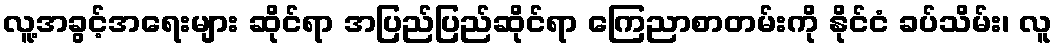
လူ့အခွင့်အရေးများ ဆိုင်ရာ အပြည်ပြည်ဆိုင်ရာ ကြေညာစာတမ်းကို နိုင်ငံ ခပ်သိမ်း၊ လူ